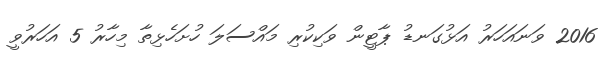
2016 ވަނައަހަރު އަޅުގަނޑު ޕާޓީން ވަކިކުރި މައްސަލަ ހުށަހެޅިތާ މިހާރު 5 އަހަރުވީ